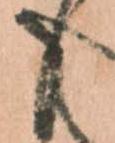
と